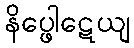
နိပ္ဖေါဋေယျ